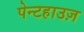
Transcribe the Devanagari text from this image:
पेन्टहाउज़